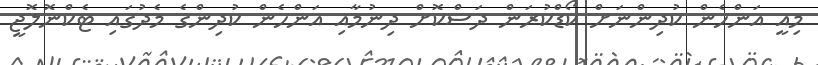
މިއީ އަންހެން ކުދިންނަށް ކޯޑްކުރަން ދަސްކޮށް ދިނުމާއި އަންހެން ކުދިންގެ މެދުގައި ޓެކްނޮލޮޖީ